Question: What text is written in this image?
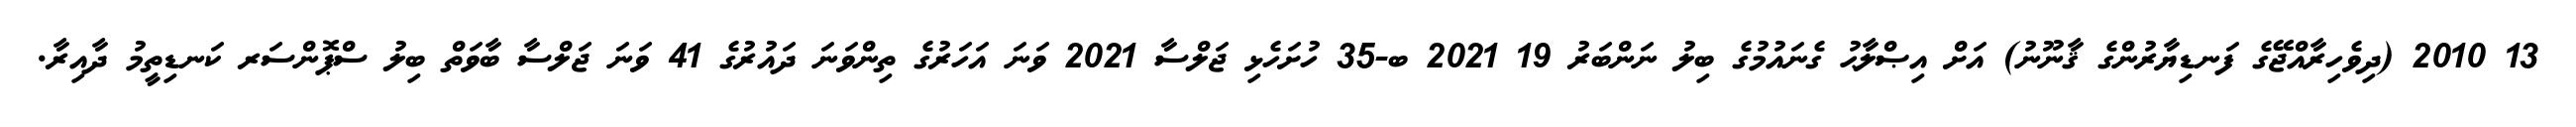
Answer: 13 2010 (ދިވެހިރާއްޖޭގެ ފަނޑިޔާރުންގެ ޤާނޫނު) އަށް އިޞްލާޙު ގެނައުމުގެ ބިލު ނަންބަރު 19 2021 ބ-35 ހުށަހެޅި ޖަލްސާ 2021 ވަނަ އަހަރުގެ ތިންވަނަ ދައުރުގެ 41 ވަނަ ޖަލްސާ ބާވަތް ބިލު ސްޕޮންސަރ ކަނޑިތީމު ދާއިރާ.